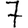
Digit: 7